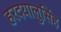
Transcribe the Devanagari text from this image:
हरदयालुसिंह